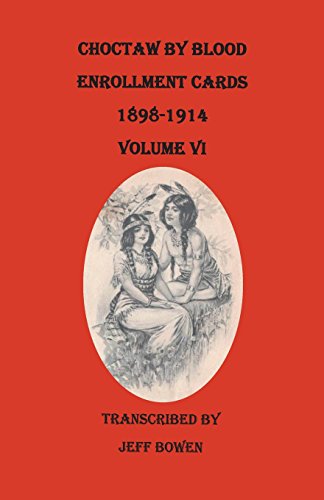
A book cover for Choctaw by Blood Enrollment Cards, 1898-1914. Volume VI; Reference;